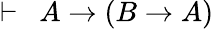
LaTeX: \vdash\ \ A\rightarrow\left(B\rightarrow A\right)